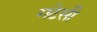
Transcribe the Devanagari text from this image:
गटेसी